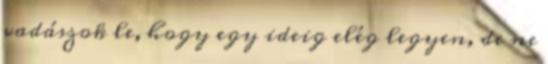
vadászok le, hogy egy ideig elég legyen, de ne